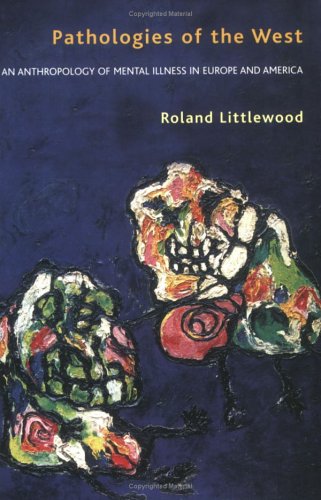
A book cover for Pathologies of the West: An Anthropology of Mental Illness in Europe and America; Roland Littlewood; Medical Books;